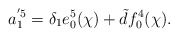
\begin{align*}a^{'5}_1=\delta_1 e^5_0(\chi) + \tilde{d} f^4_0(\chi).\end{align*}